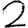
Digit: 2